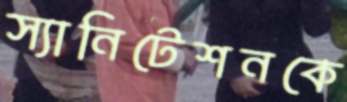
স্যানিটেশনকে